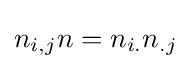
n_{i,j}n=n_{i.}n_{.j}